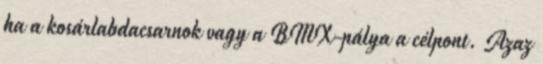
ha a kosárlabdacsarnok vagy a BMX-pálya a célpont. Azaz